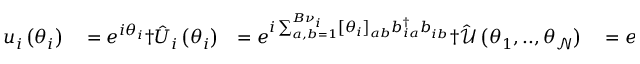
\begin{array} { r l r l } { u _ { i } \left( \theta _ { i } \right) } & { { } = e ^ { i \theta _ { i } } \dag \hat { U } _ { i } \left( \theta _ { i } \right) } & { = e ^ { i \sum _ { a , b = 1 } ^ { B { \nu } _ { i } } \left[ \theta _ { i } \right] _ { a b } b _ { i a } ^ { \dagger } b _ { i b } ^ { \phantom { \dagger } } } \dag \hat { \mathcal { U } } \left( \theta _ { 1 } , . . , \theta _ { \mathcal { N } } \right) } & { { } = e ^ { i \sum _ { i } \sum _ { a , b = 1 } ^ { B { \nu } _ { i } } \left[ \theta _ { i } \right] _ { a b } f _ { i a } ^ { \dagger } f _ { i b } ^ { \phantom { \dagger } } } \dag , . } \end{array}